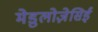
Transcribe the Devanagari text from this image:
मेडुलोज़ेसिई